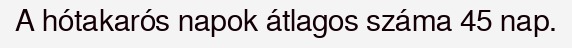
A hótakarós napok átlagos száma 45 nap.